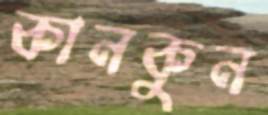
কানকুন